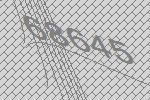
68645